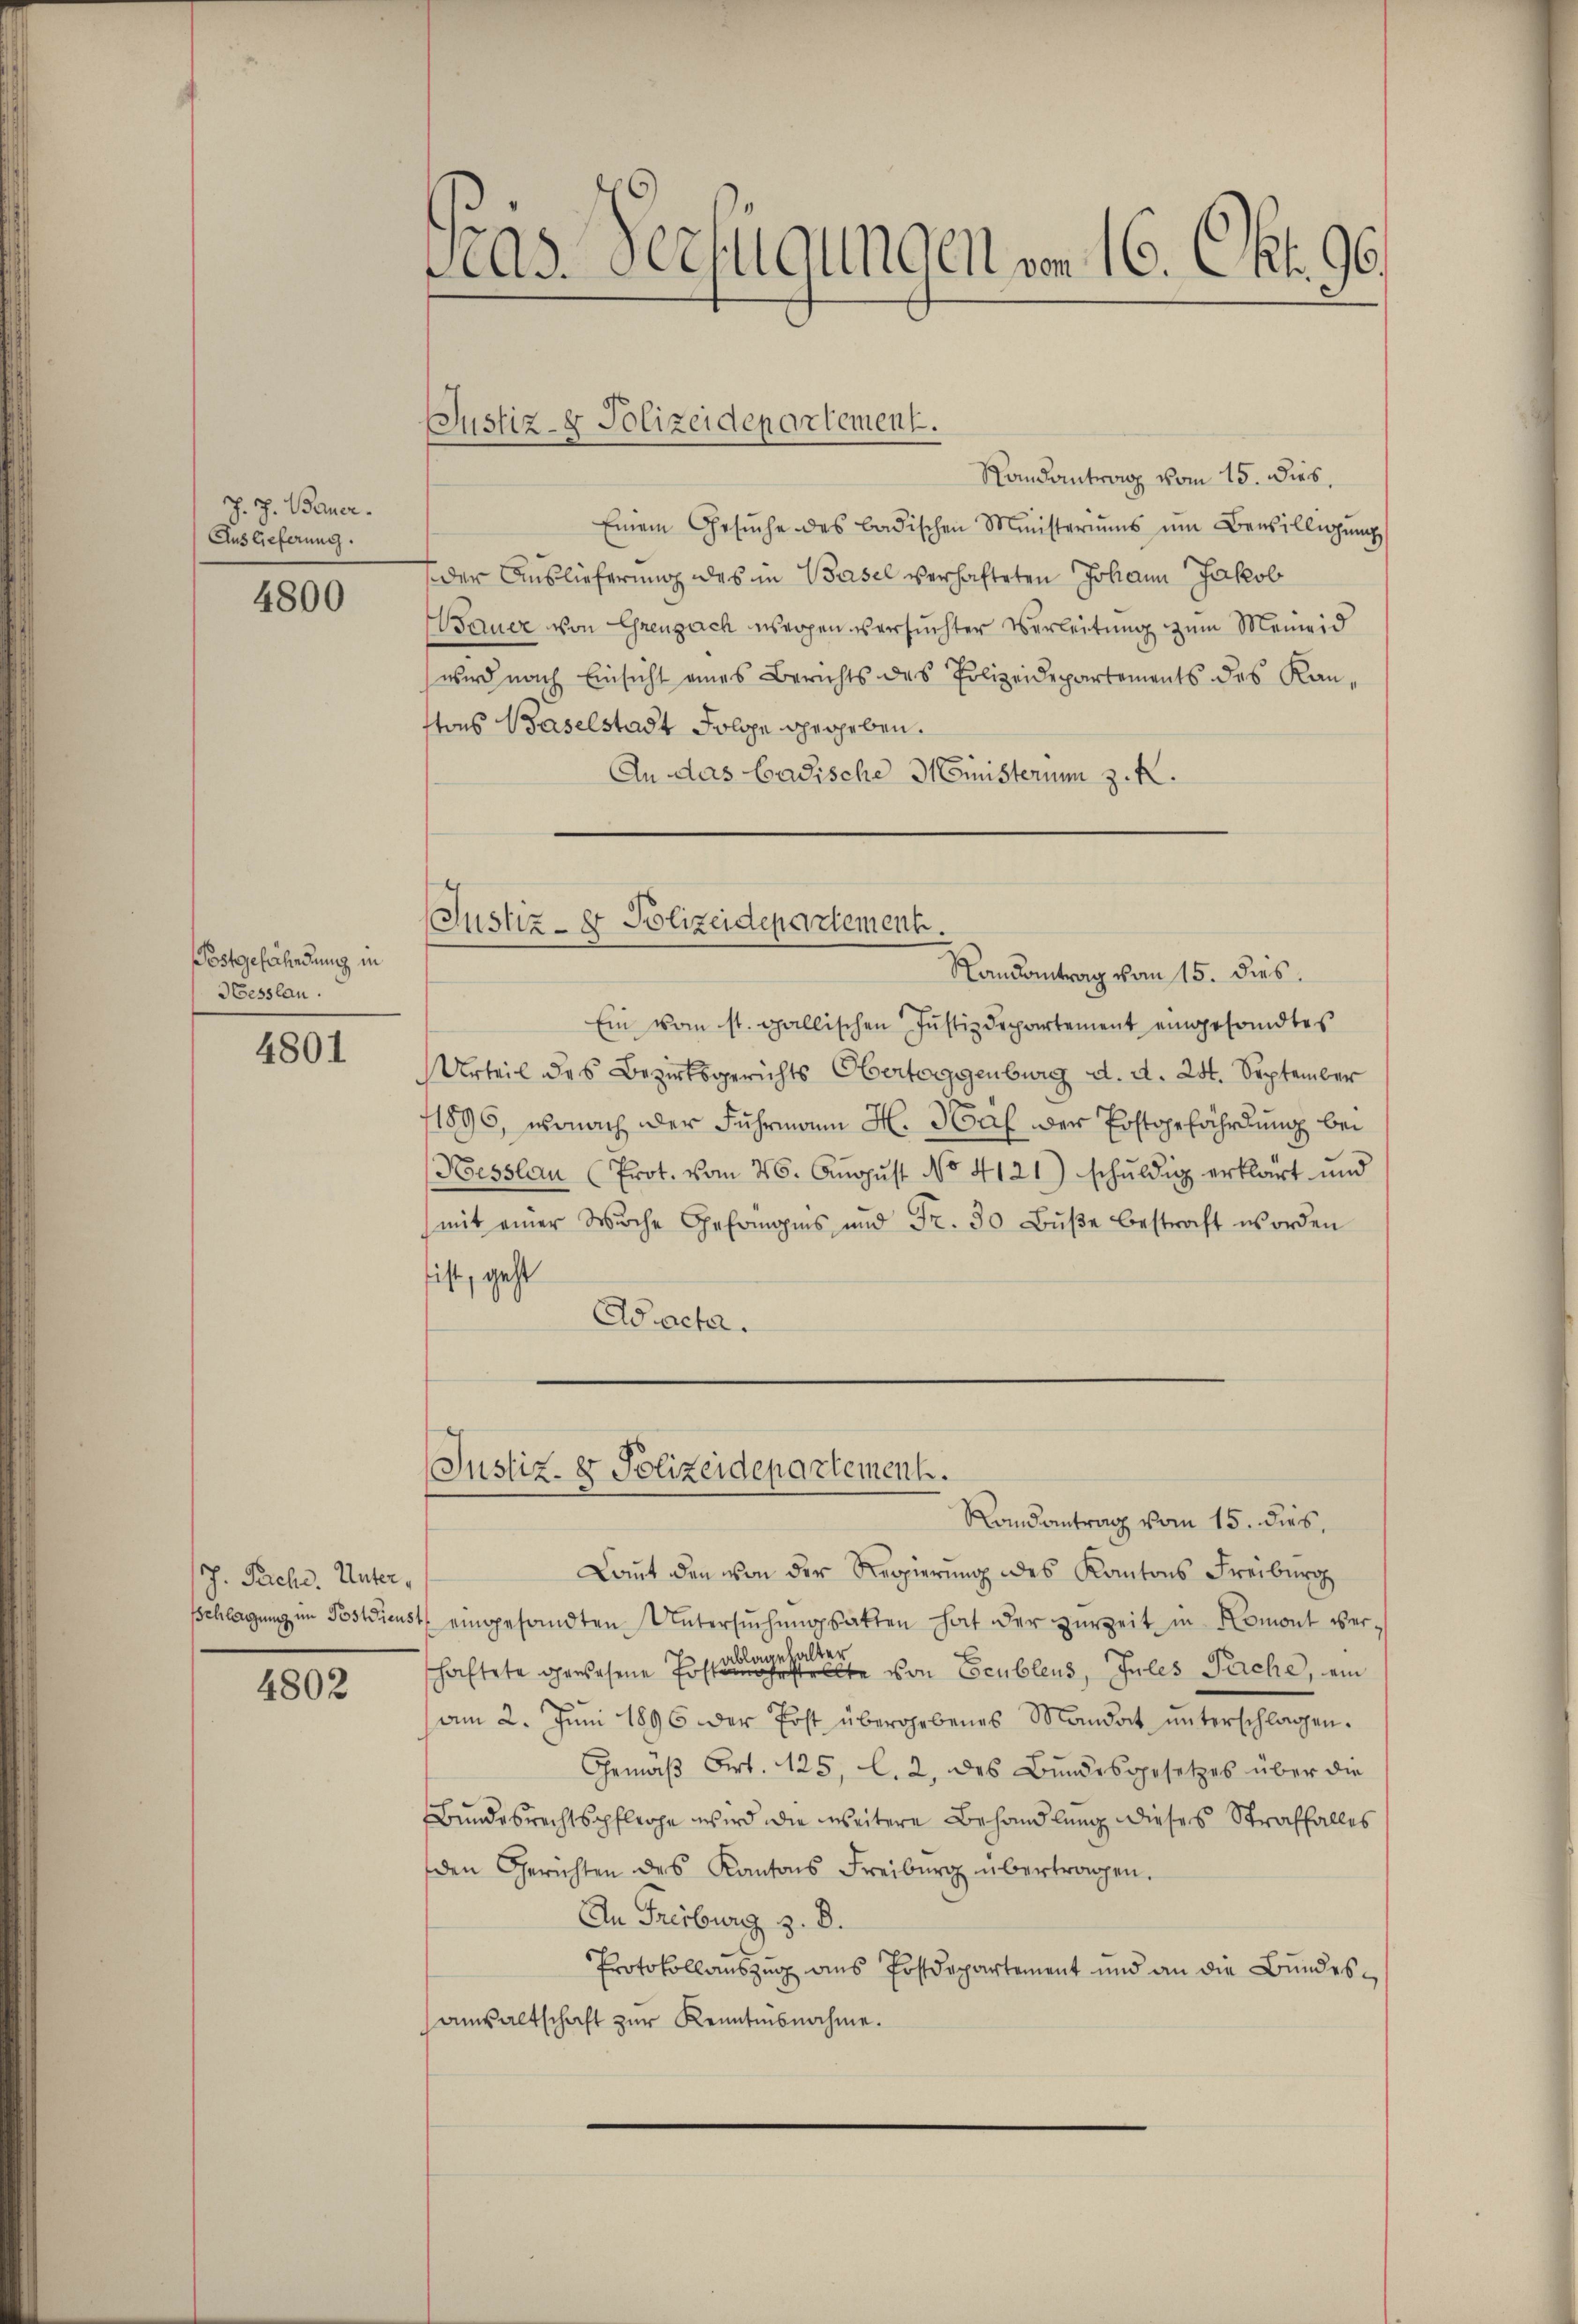
J. J. Bauer.
Auslieferung.

4800

Postgefährdung in
Hesslau.

4801

/J. Pache. Unter¬

4802

Las-Verfügungen von 16. Okt. 96.

Randantrag vom 15. dies,
Einem Gesŭche des badischen Ministeriŭms ŭm Bewilligŭng
der Auslieferung des in Basel verhafteten Johann Jakob
sauer von Greuzach wegen versuchter Verleitung zum Meineid
wird nach Einsicht eines Berichts des Polizeidepartements des Kantons Baselstadt Folge gegeben.
An das badische Ministerim z. K.

Justiz- & Polizeidepartement.

Landantrag vom 15. dies
Ein vom st. gallischen Justizdepartement eingesandtes
Urteil des Bezirksgerichts Obertoggenburg d. d. 24. September
1896, wonach der Fuhrmann H. Hat der Postgefährdung bei
Kesslau (Prot. vom 26. August No 4121) schuldig erklärt und
(mit einer Wuche Gehringes und Fr. 30 Bŭβe bestraft worden
ist, geht
Achr.

(Justiz- & Polizeidepartement.

Justiz- & Polizeidepartement.

Randantrag vom 15. dies,
Laut den von der Regierung des Kantons Freiburg
schlagung im Postdienst eingesandten Untersŭchŭngsatten hat der zŭrzeit in Romont ver-
schaftete gewesene Posten von Seubles, Julis Pache, ein
am 2. Jŭni 1896 der Post übergebenes Mandat ŭnterschlagen.
Gemäβ Art. 125, l. 2, des Bundesgesetzes über die
Bundesrechtspflege wird die weitere Behandlung dieses Straffalles
den Gerichten des Kantons Freiburg übertragen.
An Freiburg z. B.
Protokollauszug aus Postdepartement und an die Bundesanwaltschaft zur Kenntnisnahme.